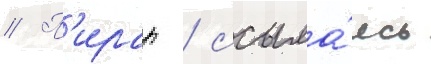
// П'ирар / ссыла́ясь